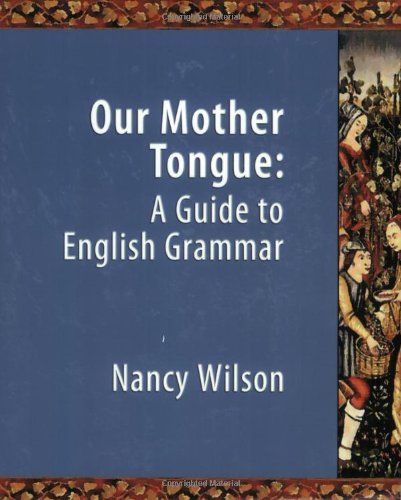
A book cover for Our Mother Tongue: An Introductory Guide to English Grammar; Nancy Wilson; Reference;